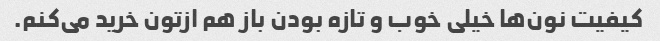
کیفیت نون‌ها خیلی خوب و تازه بودن باز هم ازتون خرید می‌کنم.